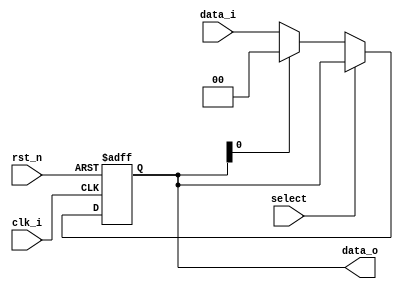
`timescale 1ns / 1ps
//////////////////////////////////////////////////////////////////////////////////
// Company: 
// Engineer: 
// 
// Design Name: 
// Module Name:    Pipe_Reg_special 
// Project Name: 
// Target Devices: 
// Tool versions: 
// Description: 
//
// Dependencies: 
//
// Revision: 
// Revision 0.01 - File Created
// Additional Comments: 
//
//////////////////////////////////////////////////////////////////////////////////
module Pipe_Reg_special(
                rst_n,
			clk_i,   
			select,
			data_i,
			data_o
);
					
parameter size = 0;
input                    rst_n;
input                    clk_i;	
input							select;	  
input      [size-1: 0] data_i;
output reg [size-1: 0] data_o;
	  
always @(posedge clk_i or negedge  rst_n) begin
	if( rst_n == 0) data_o <= 0;
	else if(select==1)data_o <= data_o;
	else if(data_o[0]==1)data_o <= 0;
    else data_o <= data_i;
end

endmodule